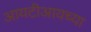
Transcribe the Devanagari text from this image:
आयटीआयच्या